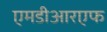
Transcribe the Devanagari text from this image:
एमडीआरएफ